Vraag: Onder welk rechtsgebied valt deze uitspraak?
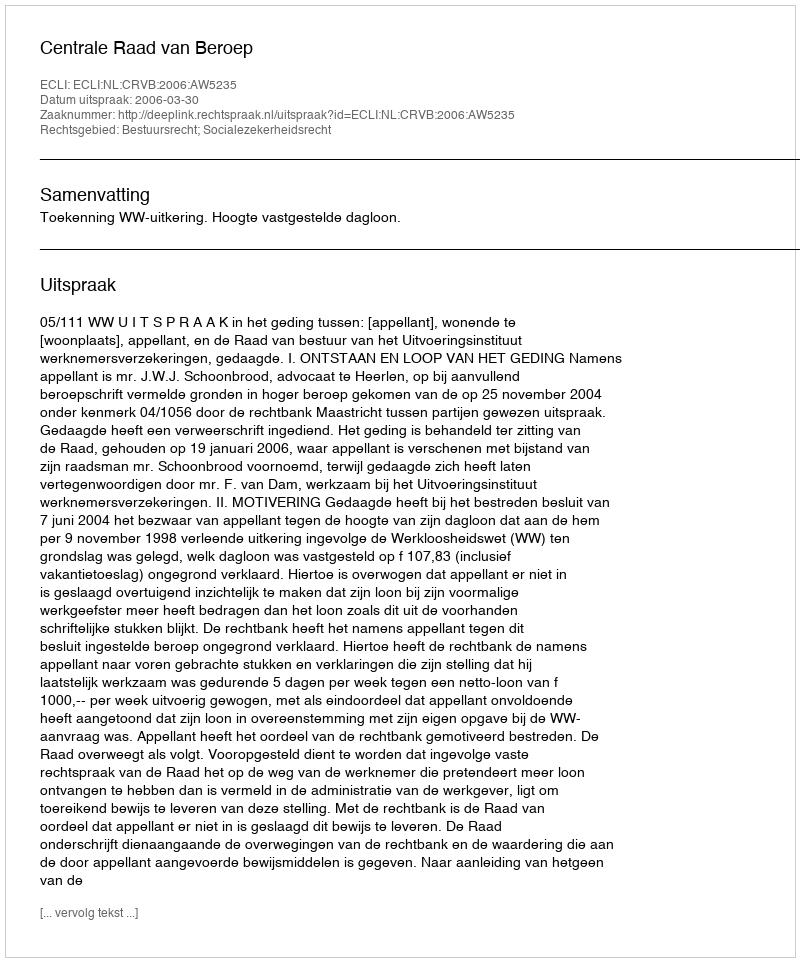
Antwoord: Bestuursrecht; Socialezekerheidsrecht